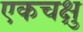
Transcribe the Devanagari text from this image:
एकचक्षु